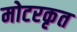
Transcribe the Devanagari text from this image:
मोटरकृत